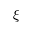
\xi